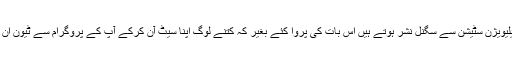
جس طرح ٹیلیویژن سٹیشن سے سگنل نشر ہوتے ہیں اس بات کی پروا کئے بغیر کہ کتنے لوگ اپنا سیٹ آن کرکے آپ کے پروگرام سے ٹیون ان ہو رہے ہیں۔